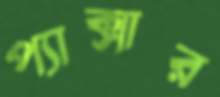
প্যাক্সার